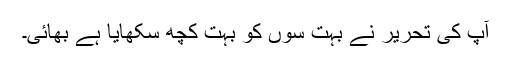
آپ کی تحریر نے بہت سوں کو بہت کچھ سکھایا ہے بھائی۔